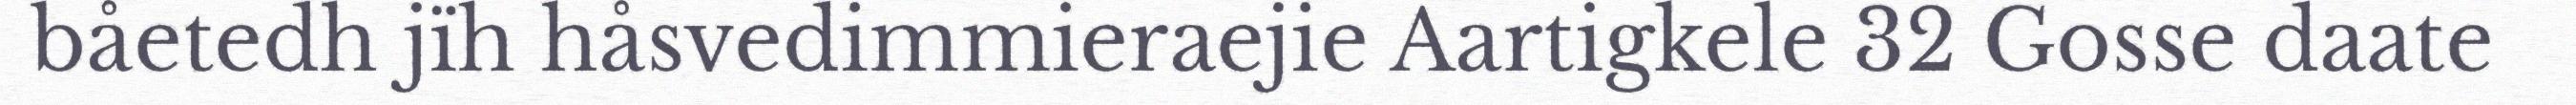
båetedh jïh håsvedimmieraejie Aartigkele 32 Gosse daate